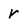
Character: r